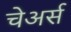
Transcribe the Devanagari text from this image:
चेअर्स